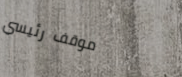
موقف رئيسي